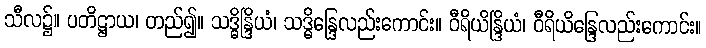
သီလ၌။ ပတိဋ္ဌာယ၊ တည်၍။ သဒ္ဓိန္ဒြိယံ၊ သဒ္ဓိန္ဒြေလည်းကောင်း။ ဝီရိယိန္ဒြိယံ၊ ဝီရိယိန္ဒြေလည်းကောင်း။